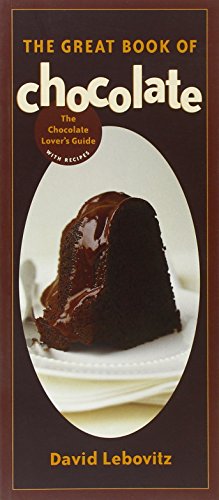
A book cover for The Great Book of Chocolate; David Lebovitz; Cookbooks, Food & Wine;